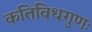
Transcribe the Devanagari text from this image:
कतिविधगुणः